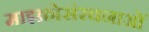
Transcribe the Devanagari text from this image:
माइक्रोसंरचनाओं